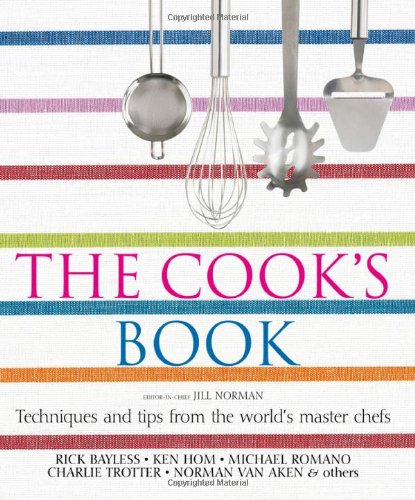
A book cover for The Cook's Book: Techniques and tips from the world's master chefs; DK Publishing; Cookbooks, Food & Wine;